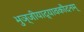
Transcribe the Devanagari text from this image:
भुञ्जीयाद्यावकौदनम्